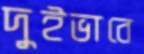
দুইভাবে